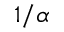
1 / \alpha